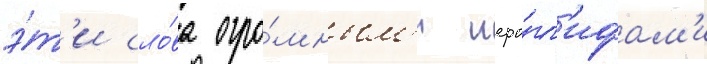
э́т'и сло́ва огро́мным'и иеро́гл'ифам'и